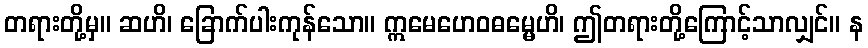
တရားတို့မှ။ ဆဟိ၊ ခြောက်ပါးကုန်သော။ ဣမေဟေဝဓမ္မေဟိ၊ ဤတရားတို့ကြောင့်သာလျှင်။ န